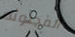
المجنونه